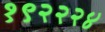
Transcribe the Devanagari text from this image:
१९२२२४